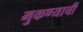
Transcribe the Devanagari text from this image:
मुकण्याची